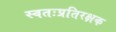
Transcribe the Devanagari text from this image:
स्वतःप्रतिरक्षक